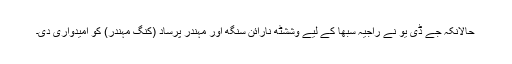
حالانکہ جے ڈی یو نے راجیہ سبھا کے لیے وششٹھ نارائن سنگھ اور مہندر پرساد (کنگ مہندر) کو امیدواری دی۔